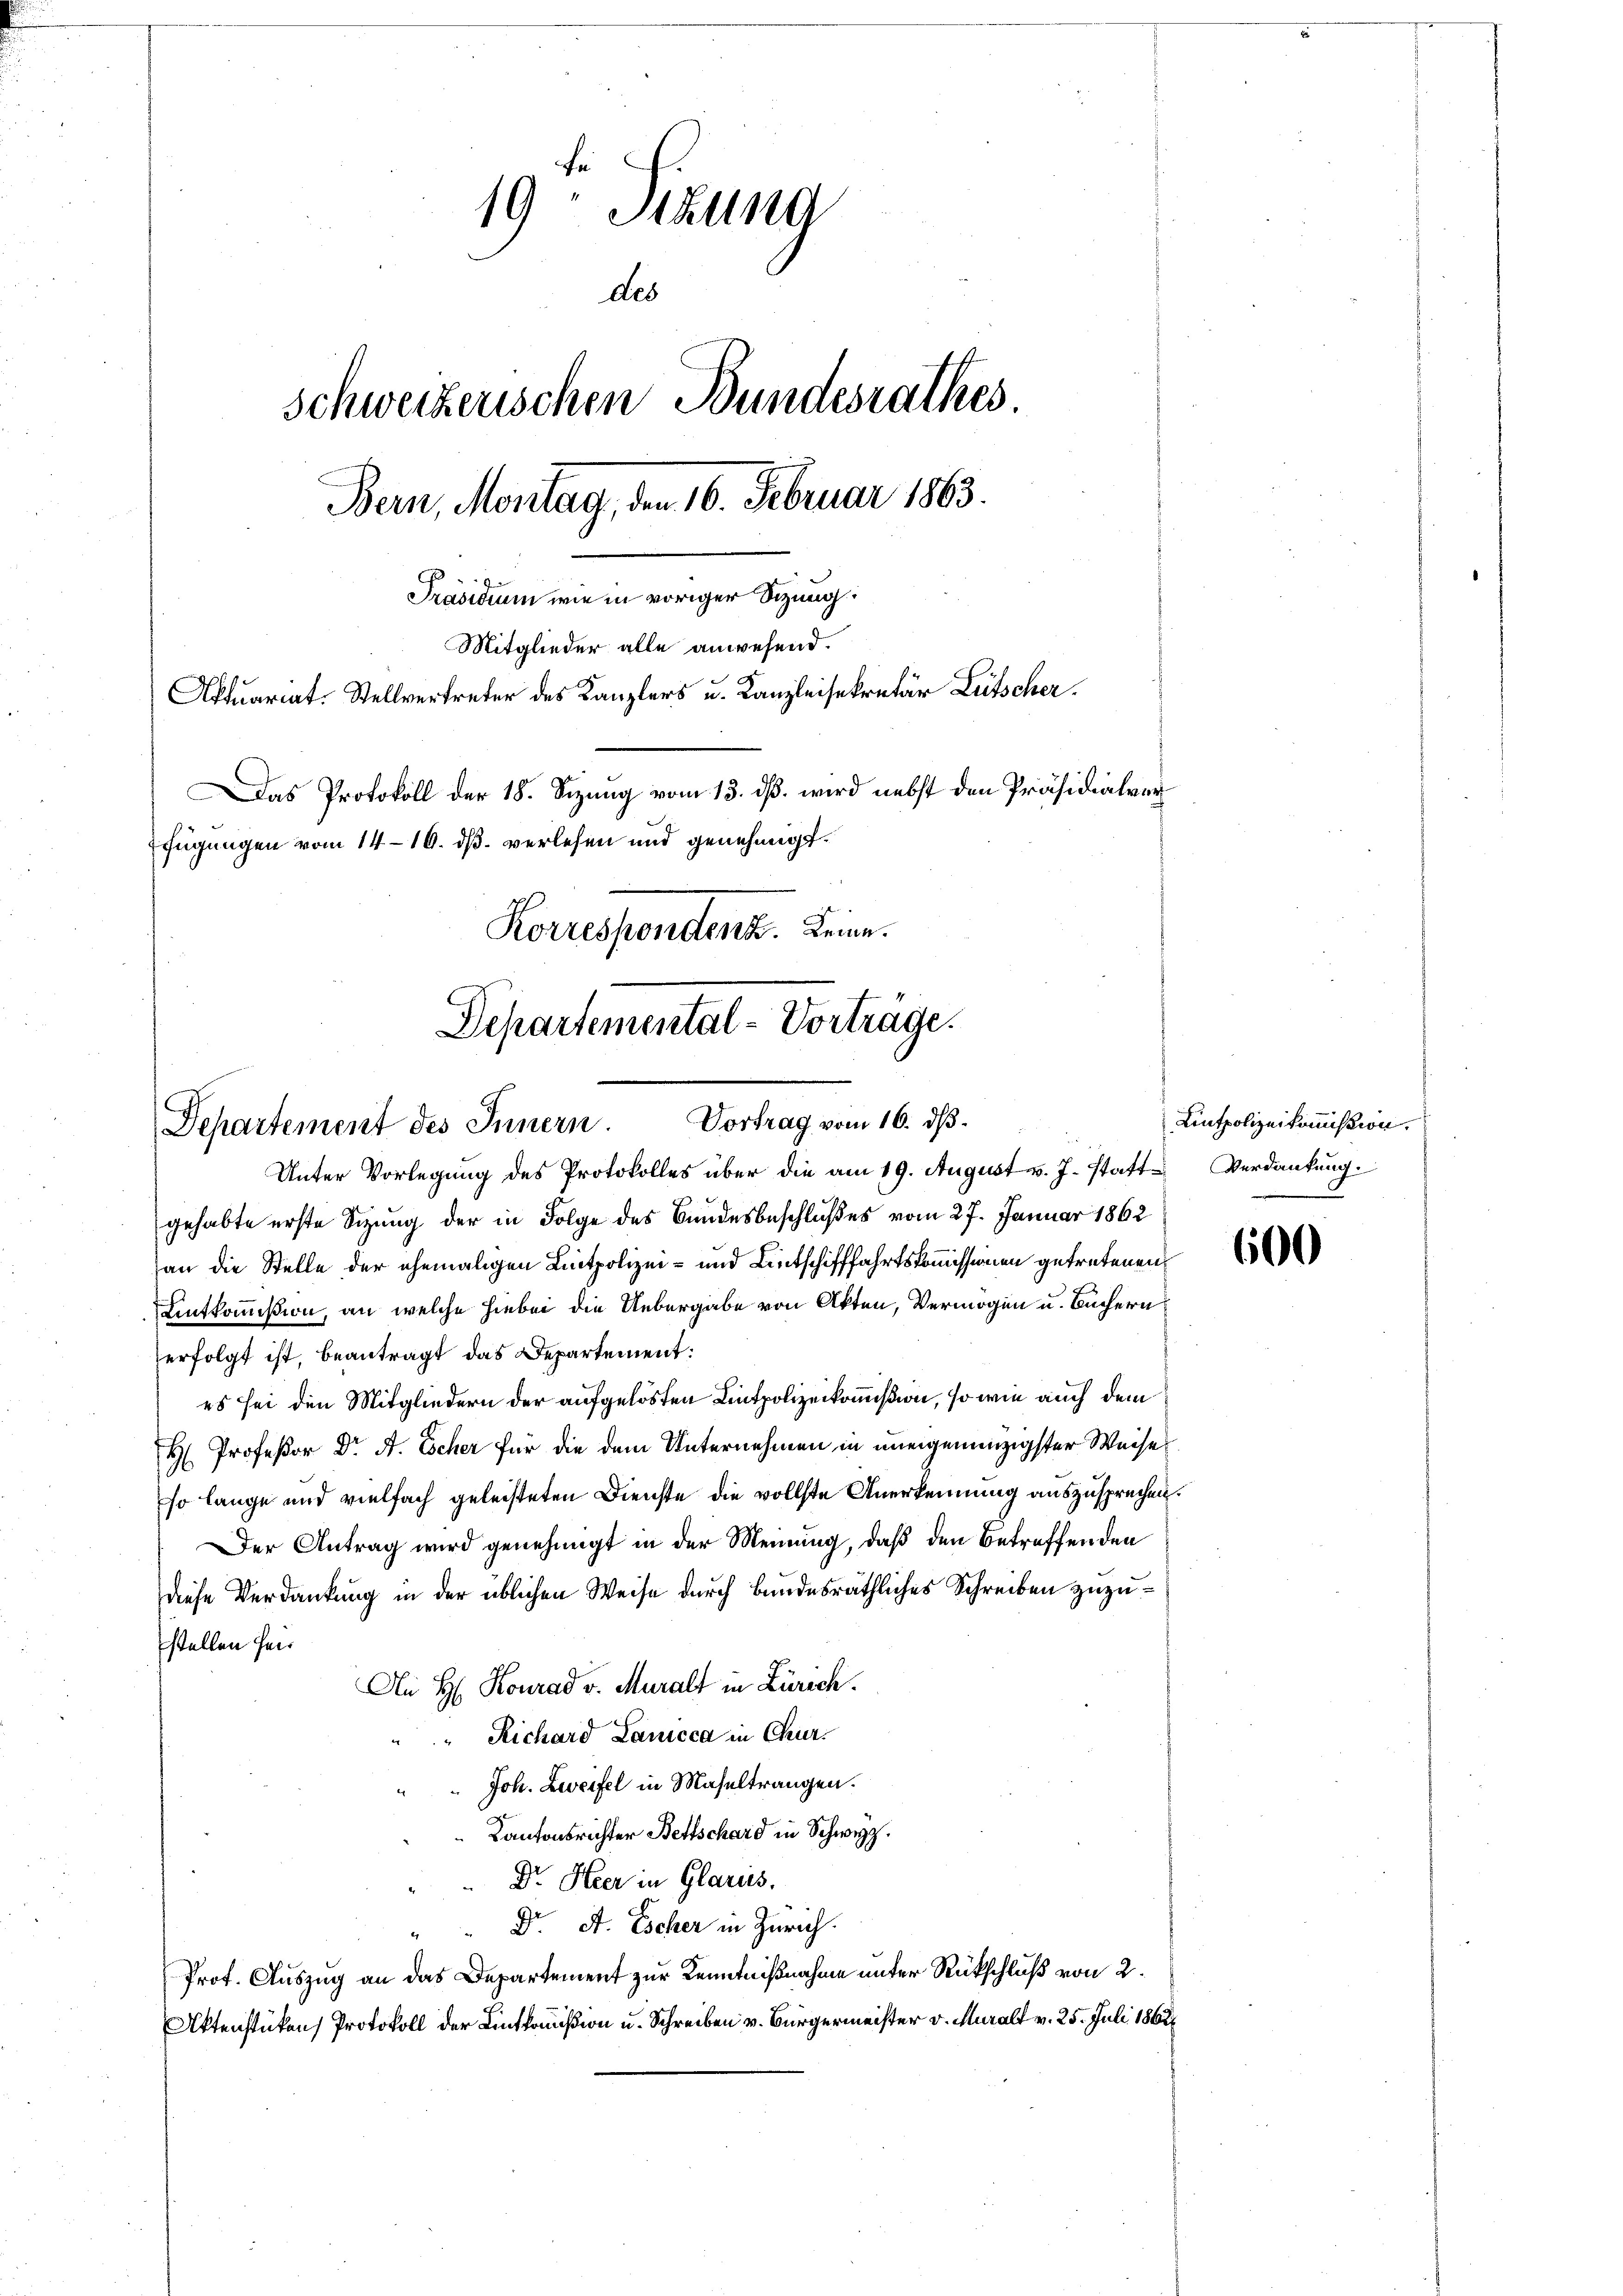
19 Stund
des
Schweizerischen Bundesrathes.
Bern, Montag, den 16. Februar 1863.
Präsidium wie in voriger Sitzung:
Mitglieder alle anwesend.
Aktuariat. Stellvertreter des Kanzlers u. Kanzleisekretär Lütscher.
Das Protokoll der 18. Sizung vom 13. dß. wird nebst den Präsidialverfügungen vom 14. 16. dß. verlesen und genehmigt.

Korrespondent. Leine
Departemental-Vortrage.
Departement des Innern Vortrag vom 16. ds.
Unter Vorlegung des Protokolles über die am 19. August v. J. statt Verdankung.

gehabte erste Sizung der in Folge des Bundesbeschlußes vom 27. Januar 1862
an die Stelle der ehemaligen Lintpolizei- und Lintschifffahrtskommissionen getretenen
Lntkommißion, an welche hiebei die Uebergabe von Akten, Vermögen u. Büchern
erfolgt ist, beantragt das Departement:
es sei den Mitgliedern der aufgelösten Lintpolizeikommißion, so wie auch dem
H Profeßor Dr A. Escher für die dem Unternehmen in uneigenenzigster Weise
so lange und vielfach geleisteten Dienste die vollste Anerkennung auszusprechen.
Der Antrag wird genehmigt in der Meinung, daß den Betreffenden
diese Verdankung in der üblichen Weise durch bundesräthliches Schreiben zuzustellen heir
An H. Konrad v. Muralt in Zürich.
Richard Lanicca in Chur.
Joh. Zweifel in Maseltrangen.
Kantonsrichter Bettschard in Schwyz.
Dr. Heer in Glarus.
Dr. A. Escher in Zürich.
Prof. Auszug an das Departement zur Kenntnißnahme unter Rückschluß von 2.
Aktenstücken Protokoll der Lintkommißion u. Schreiben v. Bürgermeister v. Muralt v. 25. Juli 1862

Lintpolizeikommission.

600